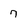
Character: 7